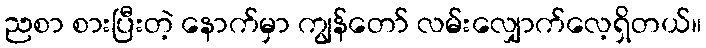
ညစာ စားပြီးတဲ့ နောက်မှာ ကျွန်တော် လမ်းလျှောက်လေ့ရှိတယ်။